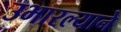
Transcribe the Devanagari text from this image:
उभारल्याने